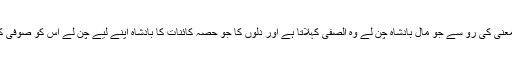
ٍ پس اس معنی کی رو سے جو مال بادشاہ چن لے وہ الصَّفِی کہلاتا ہے اور دلوں کا جو حصہ کائنات کا بادشاہ اپنے لیے چن لے اُس کو صوفی کہتے ہیں۔